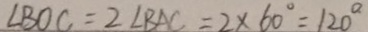
\angle B O C = 2 \angle B A C = 2 \times 6 0 ^ { \circ } = 1 2 0 ^ { \circ }